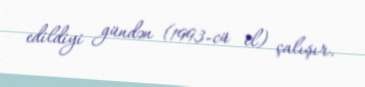
edildiyi gündən (1993-cü il) çalışır.